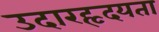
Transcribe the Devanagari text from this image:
उदारहृदयता